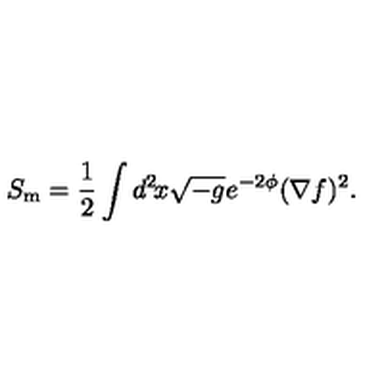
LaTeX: S _ { \mathrm { m } } = \frac { 1 } { 2 } \int d ^ { 2 } \! x \sqrt { - g } e ^ { - 2 \phi } ( \nabla f ) ^ { 2 } .